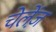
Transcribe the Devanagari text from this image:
चेलेंज़